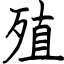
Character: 殖